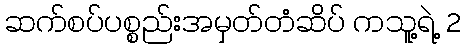
ဆက်စပ်ပစ္စည်းအမှတ်တံဆိပ် ကသူ့ရဲ့ 2